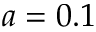
a = 0 . 1